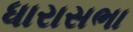
ધારાસભા